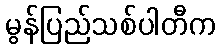
မွန်ပြည်သစ်ပါတီက